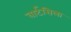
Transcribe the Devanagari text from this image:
वार्टसिला